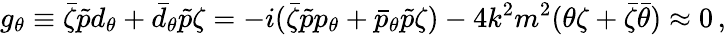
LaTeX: g_{\theta}\equiv\bar{\zeta}\tilde{p}d_{\theta}+\bar{d}_{\theta}\tilde{p}\zeta=-i(\bar{\zeta}\tilde{p}p_{\theta}+\bar{p}_{\theta}\tilde{p}\zeta)-4k^{2}m^{2}(\theta\zeta+\bar{\zeta}\bar{\theta})\approx 0\, ,